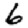
Digit: 6